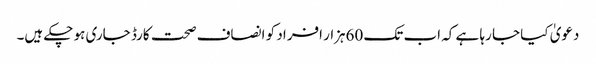
دعویٰ کیا جا رہا ہے کہ اب تک 60ہزار افراد کو انصاف صحت کارڈ جاری ہو چکے ہیں۔